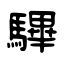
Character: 驆